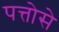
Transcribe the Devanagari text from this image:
पत्तोसे